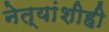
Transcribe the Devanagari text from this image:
नेत्यांशीही